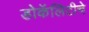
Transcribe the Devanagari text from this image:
डोकॅलिटीचे